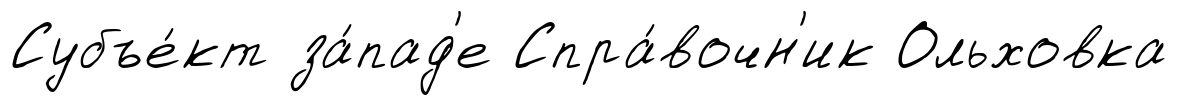
Субъе́кт за́пад'е Спра́вочн'ик Ольховка